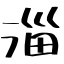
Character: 淄